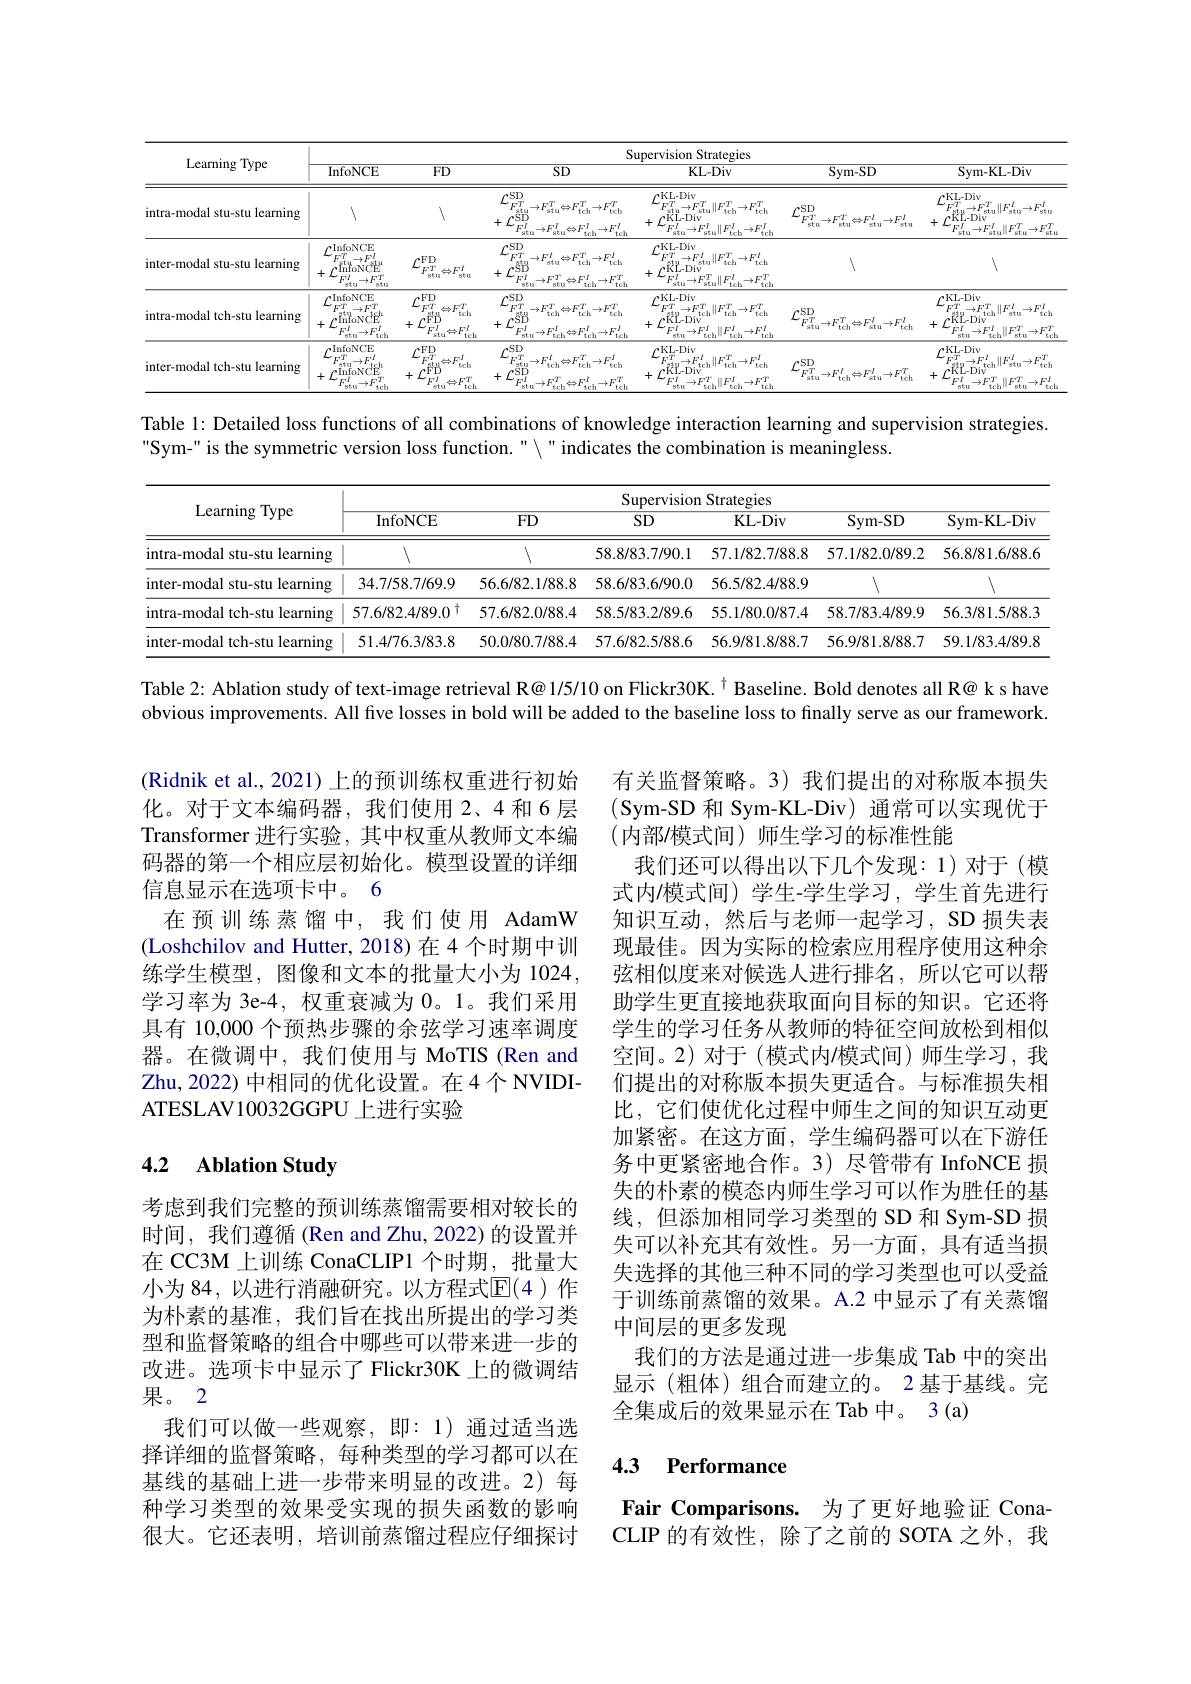
<table>
	<tbody>
		<tr>
			<th rowspan="2">Learning Type</th>
			<th colspan="6">Supervision Strategies</th>
		</tr>
		<tr>
			<th>InfoNCE</th>
			<th>$\overline{FD}$</th>
			<th>$\overline{\mathrm{SD}}$</th>
			<th>$KL-Div$</th>
			<th>Sym- SD</th>
			<th>Sym- KL- Div</th>
		</tr>
		<tr>
			<td>intra-modal stu-stu learning</td>
			<td>1</td>
			<td>入</td>
			<td>rSD $FT$ $\rightarrow F^{\prime}$ $\hookrightarrow FT$ stu atu 1 tcb $\rho SD$ $\because E/$ $-EI$ $\Leftrightarrow FI$ $-AFI$ atu 850 tch tch</td>
			<td>$r$KL-Div $^{\prime}FT$ $\rightarrow F^{\prime}$ $\|F^T$, stu stu $=1,\rightarrow P$ tch $\rho$KL-Div 1 $^{r}W$ $-14T$ $11E/$ -10 stu ' arm tch tch</td>
			<td>$f^{\mathrm{SD}}$ $^{\prime}FT^{\prime}$ $\rightarrow F^{\prime}T$ $\Leftrightarrow FI$ $\rightarrow F^{I}$ stu stu stu stu</td>
			<td> KL- Div $11F^{\prime}4$ $\|F_{-1}^l$ $\therefore A^{[\mathrm{T}]}$ $\ddot{K}_{\mathrm{L-Div}}^{\mathrm{t}}$ stu stu 810 stu $^{\prime}EI$ $\rightarrow FI$ $11E^{\prime}I$ $\rightarrow F^{\prime}I$ stu Gtu stu stu</td>
		</tr>
		<tr>
			<td>inter-modal stu-stu learning</td>
			<td>*InfoNCE $77T$ $\rightarrow F^{\prime}$ hfoNCE $FI$ $\rightarrow F^{\prime}T$ 8年9 810</td>
			<td>rFD $^{\prime}ET^{\prime}$ $\Leftrightarrow FI$ stu stu</td>
			<td>T $\sim SD$ · $ET^{\prime}$ $.5B$ $-AFI$ $\mapsto ET$ $1.4k$ tcla 810 tch $^{\prime}EI$ $\mapsto FI$ stu $\therefore N/$ stu teh $11W$ teh</td>
			<td>$r$KL-Div $FT$ $.\vec{R}_{\mathrm{L-Div}}^{\rightarrow F_{51}}$ $\rightarrow F^{\prime}$ 111702 $-1k^{\prime}1$ stu teh tch $^{r}W$ ztu $-1ATI$ atu 11 EI $-\frac{1}{2}$ teh 1/47 teh</td>
			<td>7</td>
			<td>1</td>
		</tr>
		<tr>
			<td>intra-modal tch-stu learning</td>
			<td>InfoNCE $FT^{*}$ $\rightarrow FT^{\ast}$ $\mathrm{fnfoNCE}^{\dagger}$ M $-10^{[\mathrm{T}]}$ Btu tch</td>
			<td>$,FD$ $TTI$ $EY$ 台 、 tcla $\cdot FD$ $FI$ $\triangle FI$ ctin tch</td>
			<td>$\rho SD$ $ET^{\prime}$ $\rightarrow F^{\prime}\Gamma$ $\Leftrightarrow FT$ Btu teh 1 tch 小 $.SB$ TA TILE TAH TILE tch</td>
			<td>$\rho$KL-Div $FT^{\prime}$ $\rightarrow F^{\prime}T$ $\parallel ET$ $-4k^{\prime}1$ $\therefore\ddot{R}_{\mathrm{L-Div}}^{\rightarrow F_{\mathrm{tc}}}$ teh tch $\dot{tch}$ $^{\prime}FI$ $\rightarrow FI$ TIN $-API$ stu roh teh tch</td>
			<td>$\rho SD$ $^{\prime}FT$ $-4AT$ $\Leftrightarrow FI$ $\rightarrow F$ situ teh stu teh</td>
			<td>$\rho$KL-Div $r_{F^{\prime}}r^{*}$ $-AFT$ $\|F_{-1}^{\prime}$ $-ATI$ $\therefore\ddot{\text{RL-Div}}^{\rightarrow F_{\mathrm{t}},}$ tch 81u tch + $^{\prime}FI$ $\rightarrow F^{\prime}$ 1177 $\sim FT$ stu teh stu teb</td>
		</tr>
		<tr>
			<td>inter-modal tch-stu learning</td>
			<td>InfoNCE $,T^*$ $-1FT$ 7 InfoNCE TON KELI</td>
			<td>FD $\Leftrightarrow F_\mathrm{tch}^I$ 1 十 $AFT$ tch</td>
			<td>$.SD$ TH 一个 $\therefore EI$ 14700 $\cdot$SD stu tch tch tch T + $'EI$ stu</td>
			<td>$\rho$KL-Div T rrr $.\ddot{\text{RL-Div}}^{\rightarrow F_{\mathrm{t}},}$ $1/4^{\prime}4$ TIH 77 一个 tch tch tch $f$ $'EI$ II FTI stu $-PI$ 1.1.0.1 teh rob rob</td>
			<td>rSD $r_{F^{\prime}}$ $\Leftrightarrow FI$ situ $\to FI$ tch stu $\rightarrow FI$ tch</td>
			<td>$\rho$KL-Div PI $1/WI$ $\|F^{\prime}I$ $1V^{\prime}d$ $.\ddot{\text{RL-Div}}^{\rightarrow F}$ tch 810 tch A 1 $f$ $^{\prime}FI$ $-PT$ 1172 $\therefore N$ stu teh stu tel</td>
		</tr>
	</tbody>
</table>

Table 1: Detailed loss functions of all combinations of knowledge interaction learning and supervision strategies.
Sym-" is the symmetric version loss function." " indicates the combination is meaningless.

<table>
	<tbody>
		<tr>
			<th rowspan="2">Learning Type</th>
			<th colspan="6">Supervision Strategies</th>
		</tr>
		<tr>
			<th>InfoNCE</th>
			<th>$FD$</th>
			<th>$\overline{\mathrm{SD}}$</th>
			<th>KL- Div</th>
			<th>Sym- SD</th>
			<th>Sym- KL- Div</th>
		</tr>
		<tr>
			<td>intra-modal stu-stu learning</td>
			<td>$\langle$</td>
			<td>$\langle$</td>
			<td>58.8/83.7/90.1</td>
			<td>57.1/82.7/88.8</td>
			<td>57.1/82.0/89.2</td>
			<td>56.8/81.6/88.6</td>
		</tr>
		<tr>
			<td>inter-modal stu-stu learning</td>
			<td>34.7/58.7/69.9</td>
			<td>56.6/82.1/88.8</td>
			<td>58.6/83.6/90.0</td>
			<td>56.5/82.4/88.9</td>
			<td>1</td>
			<td>1</td>
		</tr>
		<tr>
			<td>intra-modal tch-stu learning</td>
			<td>$57.6/82.4/89.0^{\dagger}$</td>
			<td>57.6/82.0/88.4</td>
			<td>58.5/83.2/89.6</td>
			<td>55.1/80.0/87.4</td>
			<td>58.7/83.4/89.9</td>
			<td>56.3/81.5/88.3</td>
		</tr>
		<tr>
			<td>inter-modal tch-stu learning</td>
			<td>51.4/76.3/83.8</td>
			<td>50.0/80.7/88.4</td>
			<td>57.6/82.5/88.6</td>
			<td>56.9/81.8/88.7</td>
			<td>56.9/81.8/88.7</td>
			<td>59.1/83.4/89.8</td>
		</tr>
	</tbody>
</table>

Table 2: Ablation study of text-image retrieval R@ 1/5/10 on Flickr30K. $^{\dagger}$ Baseline. Bold denotes all R@ k s have

obvious improvements. All five losses in bold will be added to the baseline loss to finally serve as our framework.

(Ridnik et al., 2021)上的预训练权重进行初始化。对于文本编码器，我们使用2、4 和6层Transformer 进行实验，其中权重从教师文本编码器的第一个相应层初始化。模型设置的详细信息显示在选项卡中。6
在预训练蒸馏中，我们使用 AdamW (Loshchilov and Hutter, 2018)在 4 个时期中训练学生模型，图像和文本的批量大小为 1024, 学习率为 3e-4, 权重衰减为0。1。我们采用具有 10,000 个预热步骤的余弦学习速率调度器。在微调中，我们使用与 MoTIS(Ren and Zhu,2022) 中相同的优化设置。在4个 NVIDIATESLAV10032GGPU 上进行实验

有关监督策略。3)我们提出的对称版本损失(Sym-SD 和 Sym-KL-Div)通常可以实现优于(内部/模式间)师生学习的标准性能
我们还可以得出以下几个发现：1)对于(模式内$l$模式间)学生-学生学习，学生首先进行知识互动，然后与老师一起学习，SD损失表现最佳。因为实际的检索应用程序使用这种余弦相似度来对候选人进行排名，所以它可以帮助学生更直接地获取面向目标的知识。它还将学生的学习任务从教师的特征空间放松到相似空间。2)对于(模式内/模式间)师生学习，我们提出的对称版本损失更适合。与标准损失相比，它们使优化过程中师生之间的知识互动更加紧密。在这方面，学生编码器可以在下游任务中更紧密地合作。3) 尽管带有 InfoNCE 损失的朴素的模态内师生学习可以作为胜任的基线，但添加相同学习类型的 SD 和 Sym-SD 损失可以补充其有效性。另一方面，具有适当损失选择的其他三种不同的学习类型也可以受益于训练前蒸馏的效果。A.2 中显示了有关蒸馏中间层的更多发现
我们的方法是通过进一步集成 Tab 中的突出显示 (粗体) 组合而建立的。2 基于基线。完全集成后的效果显示在 Tab 中。3(a)

## 4.2 Ablation Study

考虑到我们完整的预训练蒸馏需要相对较长的时间，我们遵循 (Ren and Zhu, 2022) 的设置并在 CC3M 上训练 ConaCLIP1 个时期，批量大小为 84, 以进行消融研究。以方程式$\mathbb{E}(4$ )作为朴素的基准，我们旨在找出所提出的学习类型和监督策略的组合中哪些可以带来进一步的改进。选项卡中显示了 Flickr30K 上的微调结果。2
我们可以做一些观察，即：1)通过适当选择详细的监督策略，每种类型的学习都可以在基线的基础上进一步带来明显的改进。2)每种学习类型的效果受实现的损失函数的影响很大。它还表明，培训前蒸馏过程应仔细探讨

## 4.3 Performance

Fair Comparisons. 为了更好地验证 ConaCLIP 的有效性，除了之前的 SOTA 之外，我